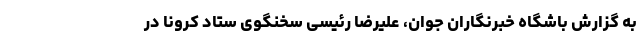
به گزارش باشگاه خبرنگاران جوان، علیرضا رئیسی سخنگوی ستاد کرونا در